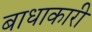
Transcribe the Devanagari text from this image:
बाधाकारी